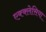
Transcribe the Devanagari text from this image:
एक्क्लेसिया